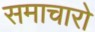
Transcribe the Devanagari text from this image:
समाचारो